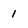
Character: 1